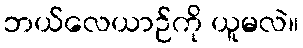
ဘယ်လေယာဉ်ကို ယူမလဲ။